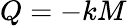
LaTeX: Q=-kM